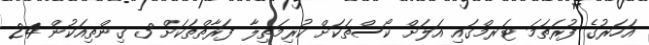
އަހަރުގެ ފުރަތަމަ ޓަރމްގައި އަލަށް ކޯސްތަކަށް ކުރިމަތިލާ ފަރާތްތަކަށް 3 ގިންތިއަކުން 24